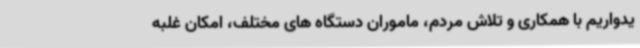
یدواریم با همکاری و تلاش مردم، ماموران دستگاه های مختلف، امکان غلبه